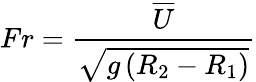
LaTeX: Fr=\frac{\overline{{U}}}{\sqrt{g\left(R_{2}-R_{1}\right)}}